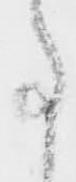
事